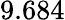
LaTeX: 9.684